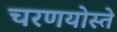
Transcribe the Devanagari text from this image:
चरणयोस्ते